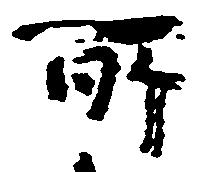
所